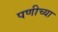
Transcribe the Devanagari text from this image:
पणीच्या